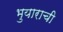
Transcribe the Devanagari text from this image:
भुयाराची